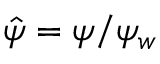
\hat { \psi } = \psi / \psi _ { w }